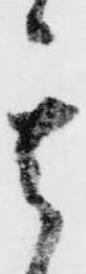
其